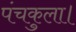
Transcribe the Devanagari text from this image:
पंचकुला।